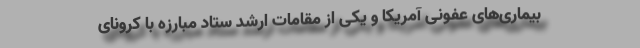
بیماری‌های عفونی آمریکا و یکی از مقامات ارشد ستاد مبارزه با کرونای